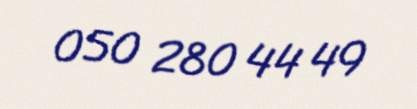
050 280 44 49